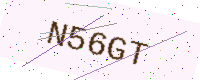
Text: N56GT